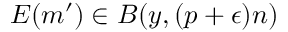
E ( m ^ { \prime } ) \in B ( y , ( p + \epsilon ) n )